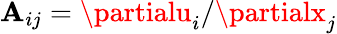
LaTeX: \mathbf{A}_{ij}=\partialu_{i}/\partialx_{j}